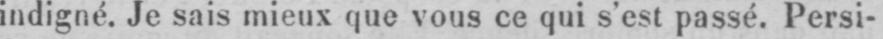
indigné. Je sais mieux que vous ce qui s’est passé. Persi-